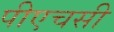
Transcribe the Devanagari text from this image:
पीएचसी